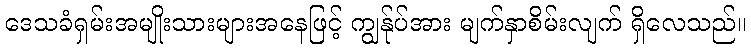
ဒေသခံရှမ်းအမျိုးသားများအနေဖြင့် ကျွန်ုပ်အား မျက်နှာစိမ်းလျက် ရှိလေသည်။